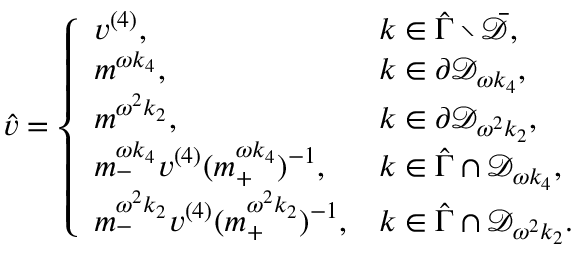
\begin{array} { r } { \hat { v } = \left\{ \begin{array} { l l } { v ^ { ( 4 ) } , } & { k \in \hat { \Gamma } \setminus \bar { \mathcal { D } } , } \\ { m ^ { \omega k _ { 4 } } , } & { k \in \partial \mathcal { D } _ { \omega k _ { 4 } } , } \\ { m ^ { \omega ^ { 2 } k _ { 2 } } , } & { k \in \partial \mathcal { D } _ { \omega ^ { 2 } k _ { 2 } } , } \\ { m _ { - } ^ { \omega k _ { 4 } } v ^ { ( 4 ) } ( m _ { + } ^ { \omega k _ { 4 } } ) ^ { - 1 } , } & { k \in \hat { \Gamma } \cap \mathcal { D } _ { \omega k _ { 4 } } , } \\ { m _ { - } ^ { \omega ^ { 2 } k _ { 2 } } v ^ { ( 4 ) } ( m _ { + } ^ { \omega ^ { 2 } k _ { 2 } } ) ^ { - 1 } , } & { k \in \hat { \Gamma } \cap \mathcal { D } _ { \omega ^ { 2 } k _ { 2 } } . } \end{array} \right. } \end{array}